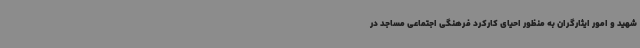
شهید و امور ایثارگران به منظور احیای کارکرد فرهنگی اجتماعی مساجد در